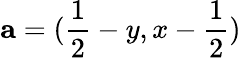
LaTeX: \mathbf{a}=(\frac{1}{2}-y,x-\frac{1}{2})